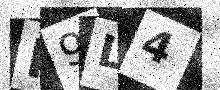
Text: P9L4